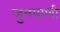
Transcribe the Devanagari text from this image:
जुनपाणी